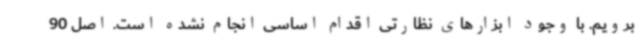
برویم. با وجود ابزارهای نظارتی اقدام اساسی انجام نشده است. اصل 90